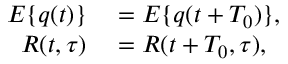
\begin{array} { r l } { E \{ q ( t ) \} } & { { } = E \{ q ( t + T _ { 0 } ) \} , } \\ { R ( t , \tau ) } & { { } = R ( t + T _ { 0 } , \tau ) , } \end{array}